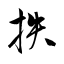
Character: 抶